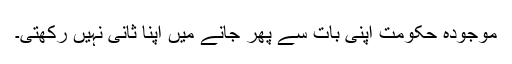
موجودہ حکومت اپنی بات سے پھر جانے میں اپنا ثانی نہیں رکھتی۔